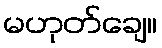
မဟုတ်ချေ။